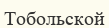
Тобольской